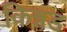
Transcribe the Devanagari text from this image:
किन्नड